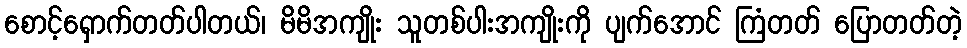
စောင့်ရှောက်တတ်ပါတယ်၊ မိမိအကျိုး သူတစ်ပါးအကျိုးကို ပျက်အောင် ကြံတတ် ပြောတတ်တဲ့